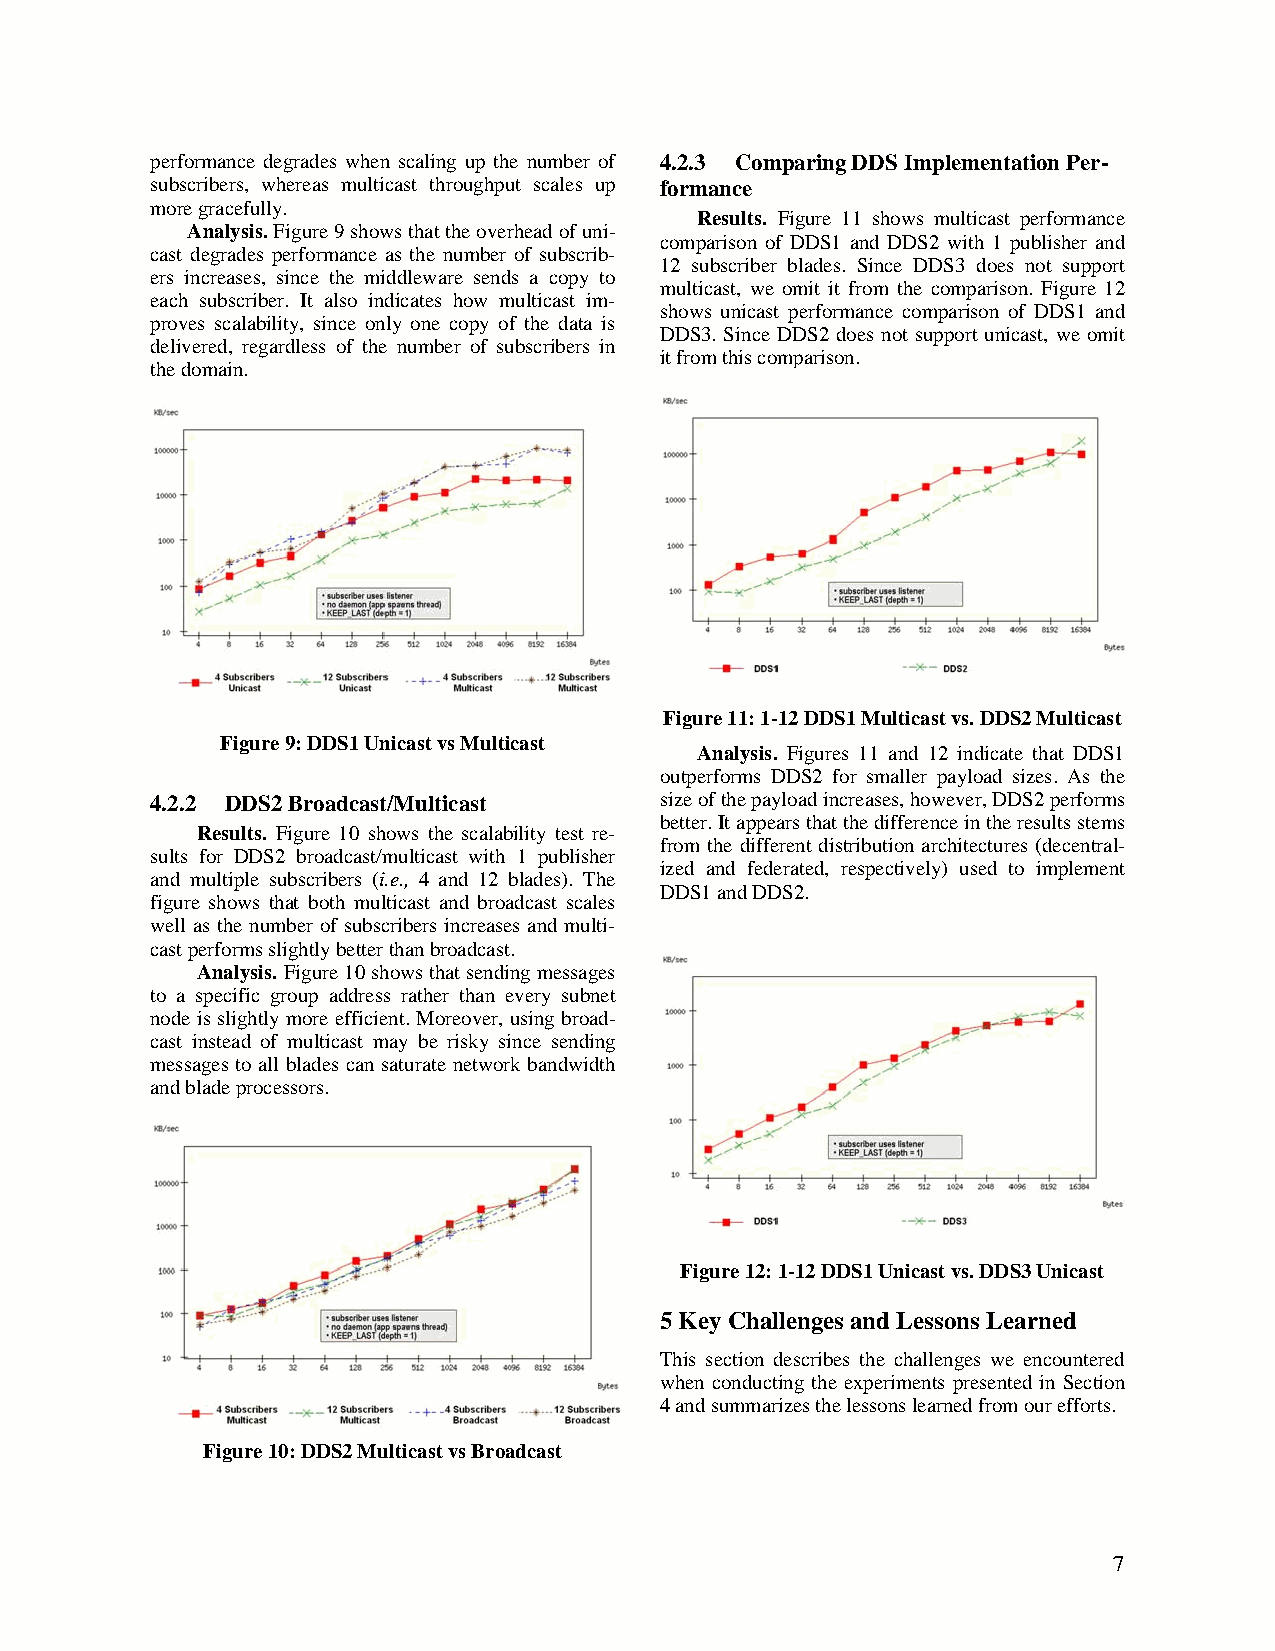
performance degrades when scaling up the number of 4.2.3 Comparing DDS Implementation Per-
 subscribers, whereas multicast throughput scales up formance
 more gracefully.
 Results. Figure 11 shows multicast performance
 Analysis. Figure 9 shows that the overhead of uni-
 comparison of DDS1 and DDS2 with 1 publisher and
 cast degrades performance as the number of subscrib-
 12 subscriber blades. Since DDS3 does not support
 ers increases, since the middleware sends a copy to
 multicast, we omit it from the comparison. Figure 12
 each subscriber. It also indicates how multicast im-
 shows unicast performance comparison of DDS1 and
 proves scalability, since only one copy of the data is
 DDS3. Since DDS2 does not support unicast, we omit
 delivered, regardless of the number of subscribers in
 it from this comparison.
 the domain.
 Figure 11: 1-12 DDS1 Multicast vs. DDS2 Multicast
 Figure 9: DDS1 Unicast vs Multicast
 Analysis. Figures 11 and 12 indicate that DDS1
 outperforms DDS2 for smaller payload sizes. As the
 4.2.2 DDS2 Broadcast/Multicast    size of the payload increases, however, DDS2 performs
 better. It appears that the difference in the results stems
 Results. Figure 10 shows the scalability test re-
 from the different distribution architectures (decentral-
 sults for DDS2 broadcast/multicast with 1 publisher
 ized and federated, respectively) used to implement
 and multiple subscribers (i.e., 4 and 12 blades). The
 DDS1 and DDS2.
 figure shows that both multicast and broadcast scales
 well as the number of subscribers increases and multi-
 cast performs slightly better than broadcast.
 Analysis. Figure 10 shows that sending messages
 to a specific group address rather than every subnet
 node is slightly more efficient. Moreover, using broad-
 cast instead of multicast may be risky since sending
 messages to all blades can saturate network bandwidth
 and blade processors.
 Figure 12: 1-12 DDS1 Unicast vs. DDS3 Unicast
 5 Key Challenges and Lessons Learned
 This section describes the challenges we encountered
 when conducting the experiments presented in Section
 4 and summarizes the lessons learned from our efforts.
 Figure 10: DDS2 Multicast vs Broadcast
 7